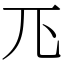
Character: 𭀖